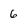
Character: 6